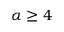
\alpha \ge 4